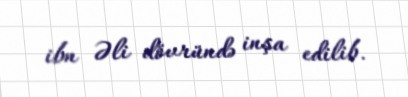
ibn Əli dövründə inşa edilib.